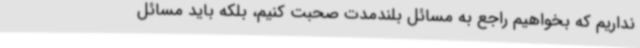
نداریم که بخواهیم راجع به مسائل بلندمدت صحبت کنیم، بلکه باید مسائل